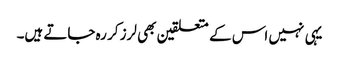
یہی نہیں اس کے متعلقین بھی لرز کر رہ جاتے ہیں۔